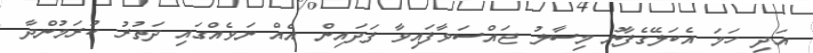
އަދި ހަމަ އެކަލޭގެފާނު މިސާލު ޖައްސަވާފައިވާ ފަދައިން އެއް ނަވެއްގައި ދަތުރު ކުރަމުންދާ